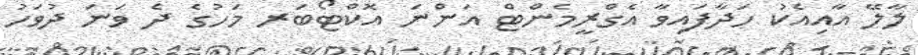
ލާލޭ އާއިއެކު ހަދާފައިވާ އެގްރީމެންޓް އަންނަ އޮކްޓޯބަރ މަހުގެ ދެ ވަނަ ދުވަހު